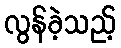
လွန်ခဲ့သည့်